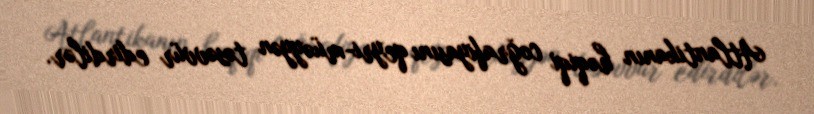
Atlantikanın həqiqi coğrafiyasını qeyri-müəyyən təsəvvür edirdilər.